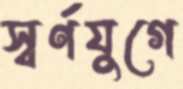
স্বর্ণযুগে